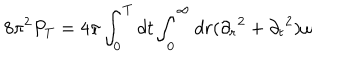
LaTeX: { 8 \pi ^ { 2 } } P _ { T } = { 4 \pi } \int _ { 0 } ^ { T } d t \int _ { 0 } ^ { \infty } d r ( { \partial _ { r } } ^ { 2 } + { \partial _ { t } } ^ { 2 } ) \omega